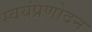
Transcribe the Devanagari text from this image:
स्वयंप्रणोदन